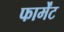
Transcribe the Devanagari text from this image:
फार्मेंट